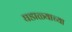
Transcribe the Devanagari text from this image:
घडाळ्याच्या